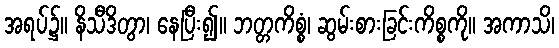
အရပ်၌။ နိသီဒိတွာ၊ နေပြီး၍။ ဘတ္တကိစ္စံ၊ ဆွမ်းစားခြင်းကိစ္စကို။ အကာသိ၊